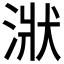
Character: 𣶍